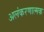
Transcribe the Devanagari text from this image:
अलंकरणात्मक